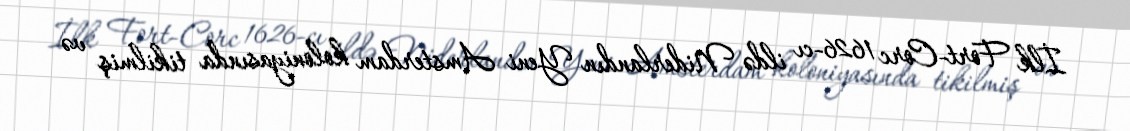
İlk Fort-Corc 1626-cı ildə Niderlandın Yeni Amsterdam koloniyasında tikilmiş və